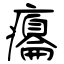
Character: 癟